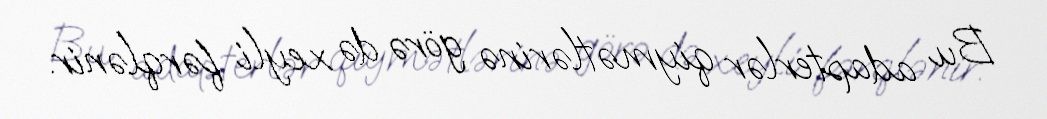
Bu adapterlər qiymətlərinə görə də xeyli fərqlənir.